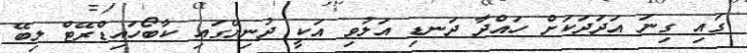
ގައި ގިނަ އަދަދަކަށް ހައްދާ ދަނޑި އަލުވި އަކީ ދުނިޔޭގައި ކާބޯހައިޑްރޭޓް ލިބޭ